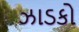
ઝાડકો